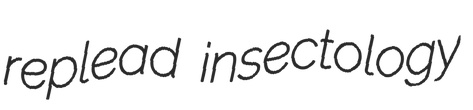
replead insectology